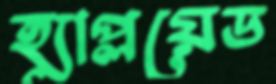
হ্যাপ্লয়েড